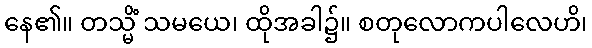
နေ၏။ တသ္မိံ သမယေ၊ ထိုအခါ၌။ စတုလောကပါလေဟိ၊